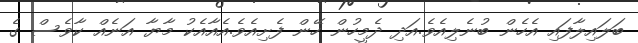
ބަލައިލާފައި އެހެން ބުނެލިއެވެ.އަދި ދެމީހުން ހޭން ފެށިއެވެ.އެއާއެކު މާޔާ އަނެއް ކާވެސް ގެ